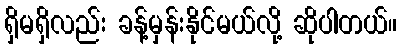
ရှိမရှိလည်း ခန့်မှန်းနိုင်မယ်လို့ ဆိုပါတယ်။